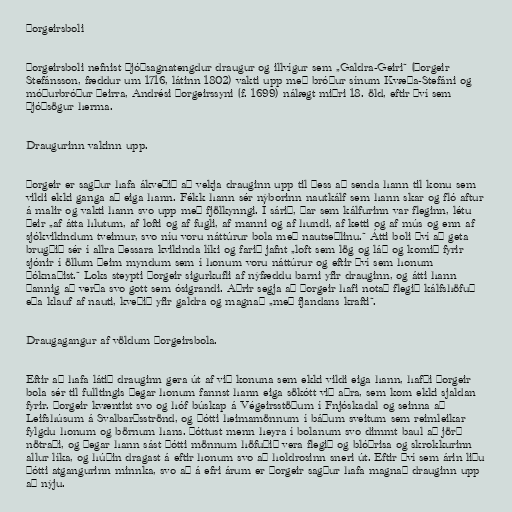
Þorgeirsboli

Þorgeirsboli nefnist þjóðsagnatengdur draugur og illvígur sem „Galdra-Geiri“ (Þorgeir
Stefánsson, fæddur um 1716, látinn 1802) vakti upp með bróður sínum Kvæða-Stefáni og
móðurbróður þeirra, Andrési Þorgeirssyni (f. 1699) nálægt miðri 18. öld, eftir því sem
þjóðsögur herma.

Draugurinn vakinn upp.

Þorgeir er sagður hafa ákveðið að vekja drauginn upp til þess að senda hann til konu sem
vildi ekki ganga að eiga hann. Fékk hann sér nýborinn nautkálf sem hann skar og fló aftur
á malir og vakti hann svo upp með fjölkynngi. Í sárið, þar sem kálfurinn var fleginn, létu
þeir „af átta hlutum, af lofti og af fugli, af manni og af hundi, af ketti og af mús og enn af
sjókvikindum tveimur, svo níu voru náttúrur bola með nautseðlinu.“ Átti boli því að geta
brugðið sér í allra þessara kvikinda líki og farið jafnt „loft sem lög og láð og komið fyrir
sjónir í öllum þeim myndum sem í honum voru náttúrur og eftir því sem honum
þóknaðist.“ Loks steypti Þorgeir sigurkufli af nýfæddu barni yfir drauginn, og átti hann
þannig að verða svo gott sem ósigrandi. Aðrir segja að Þorgeir hafi notað flegið kálfshöfuð
eða klauf af nauti, kveðið yfir galdra og magnað „með fjandans krafti“.

Draugagangur af völdum Þorgeirsbola.

Eftir að hafa látið drauginn gera út af við konuna sem ekki vildi eiga hann, hafði Þorgeir
bola sér til fulltingis þegar honum fannst hann eiga sökótt við aðra, sem kom ekki sjaldan
fyrir. Þorgeir kvæntist svo og hóf búskap á Végeirsstöðum í Fnjóskadal og seinna að
Leifshúsum á Svalbarðsströnd, og þótti heimamönnum í báðum sveitum sem reimleikar
fylgdu honum og börnum hans. Þóttust menn heyra í bolanum svo dimmt baul að jörð
nötraði, og þegar hann sást þótti mönnum höfuðið vera flegið og blóðrisa og skrokkurinn
allur líka, og húðin dragast á eftir honum svo að holdrosinn sneri út. Eftir því sem árin liðu
þótti atgangurinn minnka, svo að á efri árum er Þorgeir sagður hafa magnað drauginn upp
að nýju.